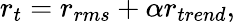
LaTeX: r_{t}=r_{rms}+\alpha r_{trend},